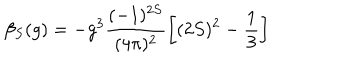
\beta _ { S } ( g ) = - g ^ { 3 } \frac { ( - 1 ) ^ { 2 S } } { ( 4 \pi ) ^ { 2 } } \left[ ( 2 S ) ^ { 2 } - \frac { 1 } { 3 } \right]